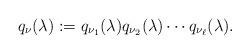
LaTeX: \begin{align*}q_\nu(\lambda):=q_{\nu_1}(\lambda)q_{\nu_2}(\lambda)\cdots q_{\nu_\ell}(\lambda).\end{align*}